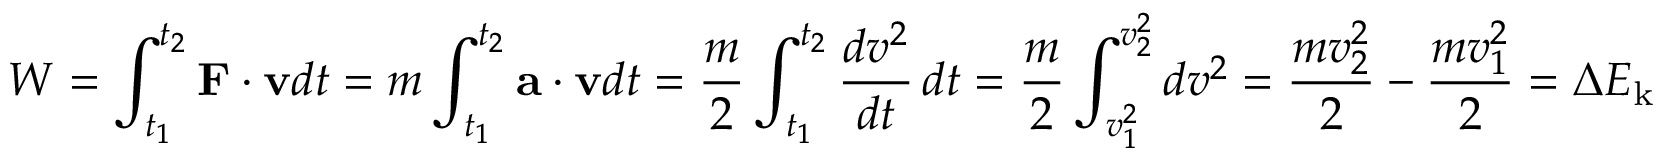
W = \int _ { t _ { 1 } } ^ { t _ { 2 } } \mathbf { F } \cdot \mathbf { v } d t = m \int _ { t _ { 1 } } ^ { t _ { 2 } } \mathbf { a } \cdot \mathbf { v } d t = { \frac { m } { 2 } } \int _ { t _ { 1 } } ^ { t _ { 2 } } { \frac { d v ^ { 2 } } { d t } } \, d t = { \frac { m } { 2 } } \int _ { v _ { 1 } ^ { 2 } } ^ { v _ { 2 } ^ { 2 } } d v ^ { 2 } = { \frac { m v _ { 2 } ^ { 2 } } { 2 } } - { \frac { m v _ { 1 } ^ { 2 } } { 2 } } = \Delta E _ { \mathrm { k } }